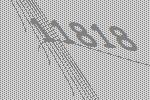
11818